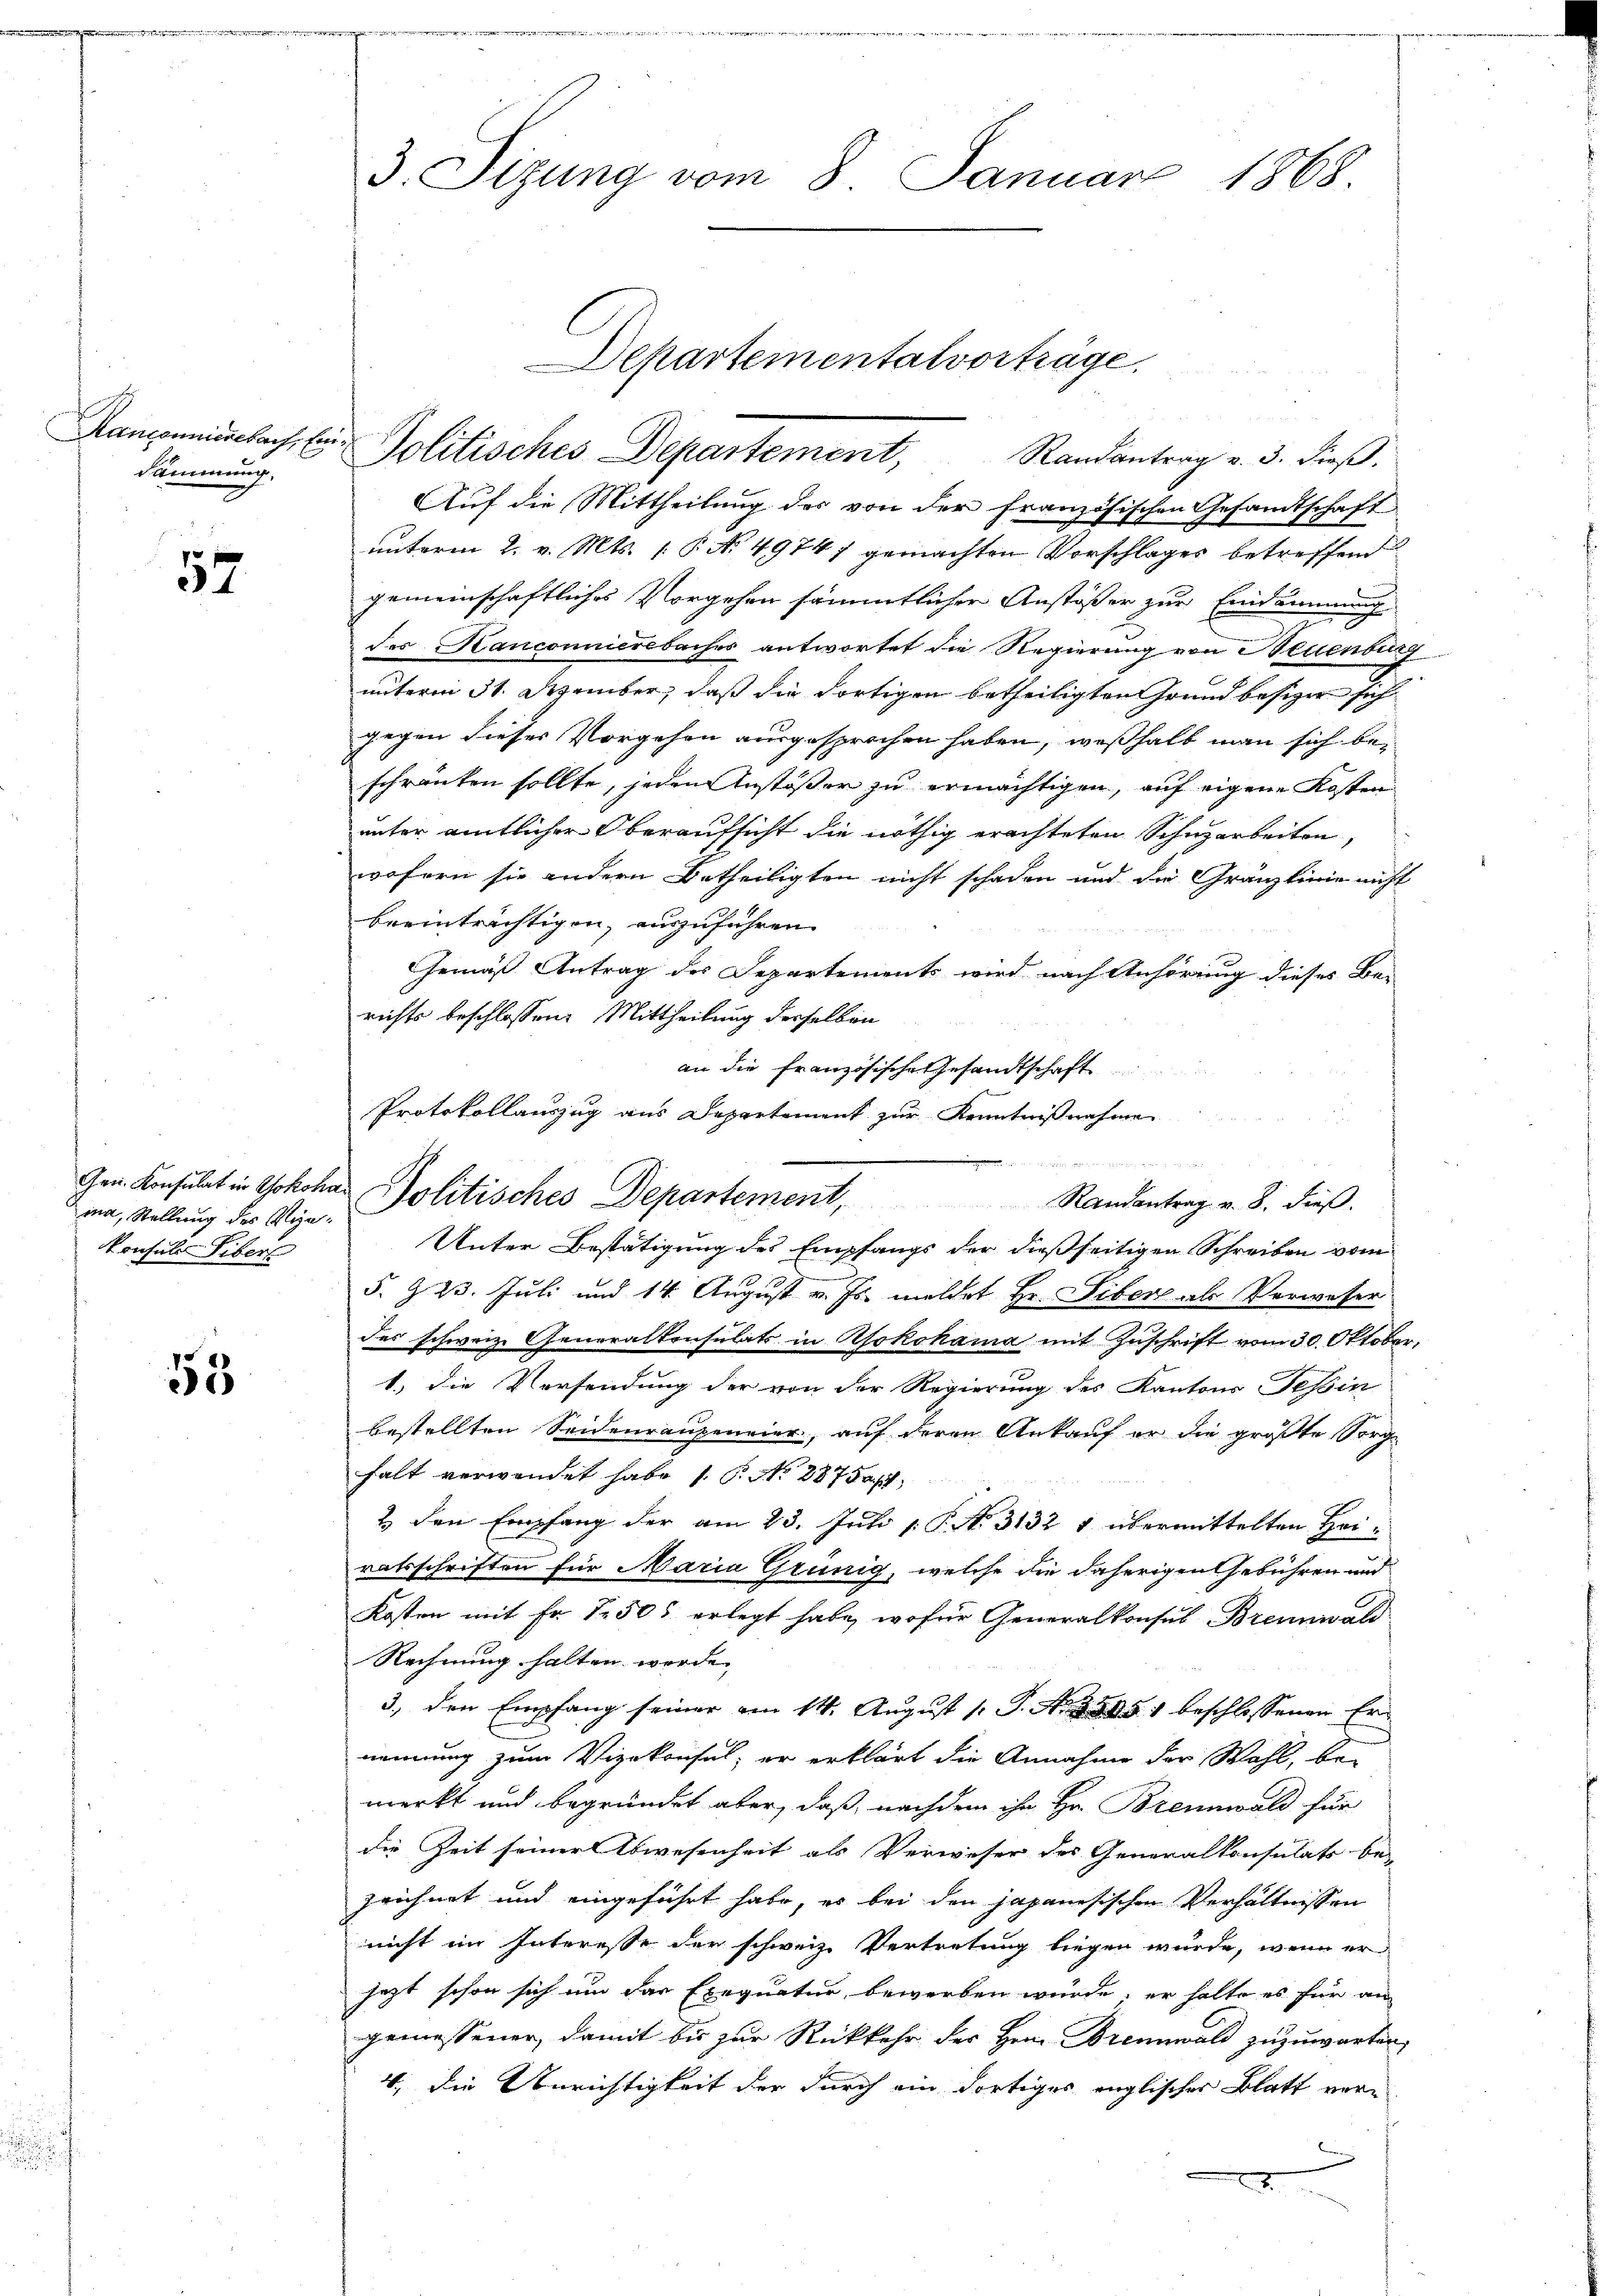
Ransonnierebach, Ein
Sammung.

52

ma, Stellung des Syn¬
Konsuls Tibers

53

3. Sizung vom 8. Januar 1868.

Auf die Mittheilung des von der französischen Gesandtschaft
unterm 2. v. Mts. [P No 49747 gemachten Vorschläger betreffend
gemeinschaftliches Vorgehen sämmtlicher Anstößer zur Eindamnung
des Hanconnierebaches antwortet die Regierung von Neuenburg
unterm 31. Dezember, daß die dortigen betheiligten Grundbesizer sich |
gegen dieses Vorgehen ausgesprochen haben, weßhalb man sich beschränken sollte, jeden Anstößer zu ermächtigen, auf eigene Kosten
unter amtlicher Oberaufsicht die nöthig erachteten Schuzarbeiten,
wofern sie andern Betheiligten nicht schaden und die Granzlinie nicht
breinträchtigen, auszuführen.
Gemäß Antrag des Departements wird nach Anhörung dieses Be-
richts beschlossen: Mittheilung derselben
an die französische Gesandtschaft
Unter Bestätigung des Empfangs der dießseitigen Schreiben vom
5. & 23. Juli und 14. August v. Js. meldet Hr. Libere als Verwaser
des schweiz. Generalkonsulats in Yokohama mit Zuschrift vom 30. Oktober,
1.) Die Versendung der von der Regierung des Kantons Tessin
bestellten Seidenraugeneier, auf deren Ankauf er die größte Sorghalt verwendet habe s. S. Nr. 287 das
2 den Empfang der am 23. Juli [ P. N. 3132 1 übermittelten Heiratsschriften für Maria Grünig, welche die daherigen Gebühren und
Kosten mit Fr. 1505 erlegt habe, wofür Generalkonsul Brennwald
Rechnung halten wurde. |
3., den Empfang seiner am 14. August 1 S. Ao. 1545) beschlossenen Ernennung zum Vizekonsul, er erklärt die Annahme der Wahl, bei
merkt und begründet aber, daß nachdem ihr Hr. Brennwald für
die Zeit seiner Abwesenheit als Verweser des Generalkonsulats be-
zeichnet und eingeführt habe, es bei den japanesischen Verhältnissen
nicht im Interesse der schweiz. Vertretung liegen würde, wenn er
jezt schon sich um das Exequatur bewerben würde, er halte es für an
gemessener, damit bis zur Rückkehr des Herrn Brennwald zuzuwarten,
4, die Berichtigkeit der durch ein dortiges englischer Blatt vor¬
.

Grn. Konsulat in Yokohas Politisches Departement,

Departementalvorträge.

Politisches Departement, Randantrag v. 3. dieβ.

Protokollauszug aus Departement zur Kenntnißnahme

Randantrag v. 8. dieß.